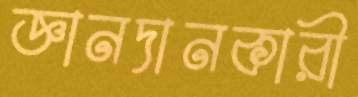
জ্ঞানদানকারী